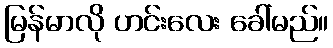
မြန်မာလို ဟင်းလေး ခေါ်မည်။